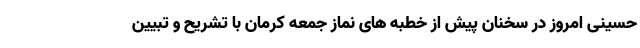
حسینی امروز در سخنان پیش از خطبه های نماز جمعه کرمان با تشریح و تبیین